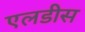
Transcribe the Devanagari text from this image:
एलडीस